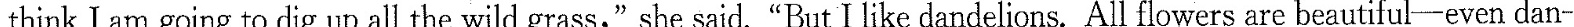
think I am going to dig up all the wild grass," she said,“But I like dandelions. All flowers are beautiful—even dan-